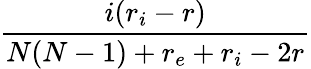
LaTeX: \frac{i(r_{i}-r)}{N(N-1)+r_{e}+r_{i}-2r}